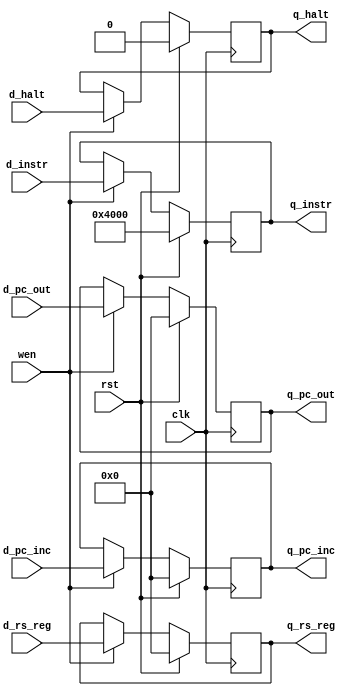
// Gokul's D-flipflop

module IFID_ff (q_pc_inc, q_pc_out, q_instr, q_rs_reg, d_pc_inc, d_pc_out, d_instr, d_rs_reg, q_halt, d_halt, wen, clk, rst);

    //output         q; //DFF output
    //input          d; //DFF input
    input 		   wen; //Write Enable - I can't think of a good reason to use this here
    input          clk; //Clock
    input          rst; //Reset (used synchronously)

    // inputs //
    input [15:0] d_pc_inc;
	input [15:0] d_pc_out;
    input [15:0] d_instr;
	input [15:0] d_rs_reg;
	input d_halt;

    // outputs //
    output [15:0] q_pc_inc;
	output [15:0] q_pc_out;
    output [15:0] q_instr;
	output [15:0] q_rs_reg;
	output q_halt;

    reg [15:0] s_pc_inc;
	reg [15:0] s_pc_out;
    reg	[15:0] s_instr;
	reg [15:0] s_rs_reg;
	reg s_halt;

    assign q_pc_inc = s_pc_inc;
	assign q_pc_out = s_pc_out;
    assign q_instr = s_instr;
	assign q_rs_reg = s_rs_reg;
	assign q_halt = s_halt;

    always @(posedge clk) begin
      s_pc_inc <= rst ? 0 : (wen ? d_pc_inc : s_pc_inc);
	  s_pc_out <= rst ? 0 : (wen ? d_pc_out : s_pc_out);
      s_instr <= rst ? 16'h4000 : (wen ? d_instr : s_instr); 
	  s_rs_reg <= rst ? 0 : (wen ? d_rs_reg : s_rs_reg);
	  s_halt <= rst ? 0 : (wen ? d_halt : s_halt);
    end

endmodule